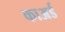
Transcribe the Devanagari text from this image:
काअर्ड